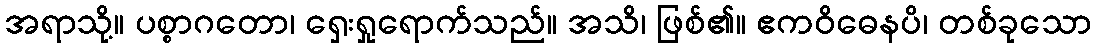
အရာသို့။ ပစ္စာဂတော၊ ရှေးရှုရောက်သည်။ အသိ၊ ဖြစ်၏။ ဧကဝိဓေနပိ၊ တစ်ခုသော